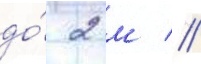
до́ 2 м //